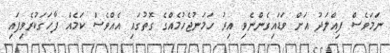
ނަމަވެސް ފިއްލަދު އަށް ވަޑައިގެންނެވި އިރު ހަމަނުޖެހުމެއްގެ ގޮތުގައި އެއްވެސް ކަމެއް ފާހަގަކުރެވިފައި